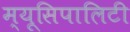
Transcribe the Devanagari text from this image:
म्यूसिपालिटी